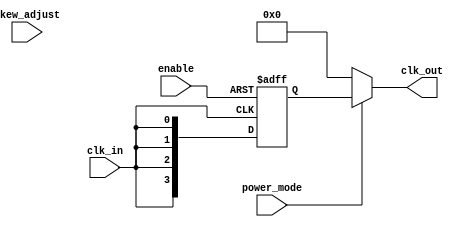
module skew_optimized_clock_buffer (
    input wire clk_in,              // Input clock signal
    input wire enable,              // Enable signal for clock outputs
    input wire [3:0] skew_adjust,   // Skew adjustment control
    input wire power_mode,          // Power management mode
    output wire [3:0] clk_out       // Output clock signals
);

    // Parameters for delay elements
    parameter DELAY_UNIT = 1;       // Base delay unit (in ns)
    parameter MAX_DELAY = 15;        // Maximum delay (in ns)

    // Internal signals
    reg [3:0] clk_delayed;           // Delayed clock signals
    reg [3:0] clk_out_reg;           // Registered output clocks

    // Input Buffering
    wire clk_buf;
    assign clk_buf = clk_in; // In real design, this would be a buffer instance

    // Skew Optimization Logic
    always @(*) begin
        // Adjust delays based on skew_adjust input
        clk_delayed[0] = clk_buf; // No delay for first output
        clk_delayed[1] = #(DELAY_UNIT * skew_adjust[0]) clk_buf; // Adjusted delay for second output
        clk_delayed[2] = #(DELAY_UNIT * skew_adjust[1]) clk_buf; // Adjusted delay for third output
        clk_delayed[3] = #(DELAY_UNIT * skew_adjust[2]) clk_buf; // Adjusted delay for fourth output
    end

    // Output Stage with Control Logic
    always @(posedge clk_buf or negedge enable) begin
        if (!enable) begin
            clk_out_reg <= 4'b0000; // Disable outputs
        end else begin
            clk_out_reg <= clk_delayed; // Pass delayed clocks to output
        end
    end

    // Power Management Logic
    assign clk_out = (power_mode) ? clk_out_reg : 4'b0000; // Disable outputs in low power mode

endmodule